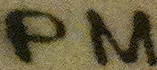
PM